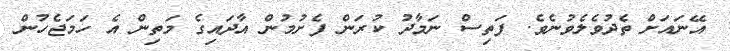
އޭނައަށް ތެދުވެލެވުނެވެ. ފަތިސް ނަމާދު ކުރަން ފެށުމުން އާދައިގެ މަތިން އެ ހަމަޖެހުން